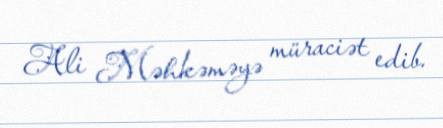
Ali Məhkəməyə müraciət edib.